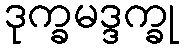
ဒုက္ခမဒ္ဒက္ခု